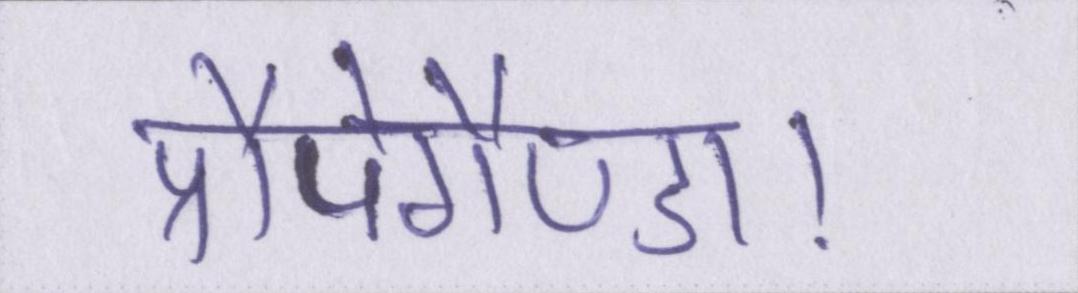
प्रौपेगैण्डा।